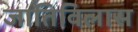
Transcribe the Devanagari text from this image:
जातिविलास